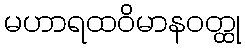
မဟာရထဝိမာနဝတ္ထု